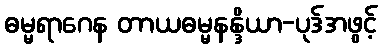
ဓမ္မရာဂေန တာယဓမ္မနန္ဒိယာ-ပုဒ်အဖွင့်